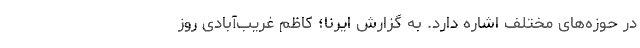
در حوزه‌های مختلف اشاره دارد. به گزارش ایرنا؛ کاظم غریب‌آبادی روز